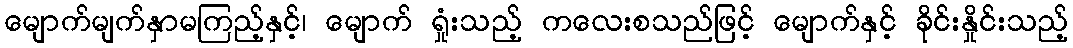
မျောက်မျက်နှာမကြည့်နှင့်၊ မျောက် ရှုံးသည့် ကလေးစသည်ဖြင့် မျောက်နှင့် ခိုင်းနှိုင်းသည့်